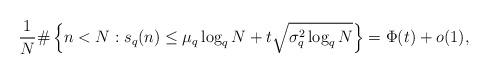
LaTeX: \begin{align*} \frac 1N \# \left\{ n < N : s_q(n) \le \mu_q \log_q N + t \sqrt{\sigma_q^2 \log_q N} \right\} = \Phi(t) + o(1),\end{align*}